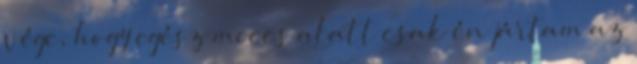
vége, hogy egész meccs alatt csak én jártam az